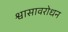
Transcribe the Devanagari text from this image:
श्वासावरोधन